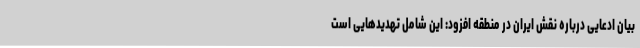
بیان ادعایی درباره نقش ایران در منطقه افزود: این شامل تهدیدهایی است